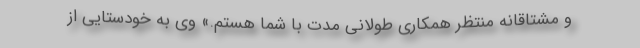
و مشتاقانه منتظر همکاری طولانی مدت با شما هستم.» وی به خودستایی از